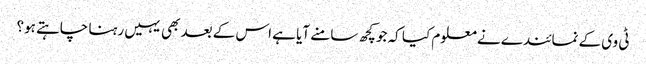
ٹی وی کے نمائندے نے معلوم کیا کہ جو کچھ سامنے آیا ہے اس کے بعد بھی یہیں رہنا چاہتے ہو؟